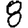
Digit: 8